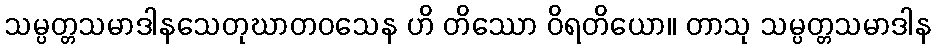
သမ္ပတ္တသမာဒါနသေတုဃာတဝသေန ဟိ တိဿော ဝိရတိယော။ တာသု သမ္ပတ္တသမာဒါန